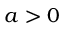
a > 0